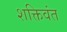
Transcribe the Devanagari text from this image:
शक्तिवंत